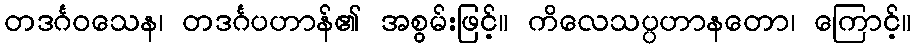
တဒင်္ဂဝသေန၊ တဒင်္ဂပဟာန်၏ အစွမ်းဖြင့်။ ကိလေသပ္ပဟာနတော၊ ကြောင့်။